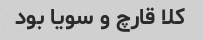
کلا قارچ و سویا بود